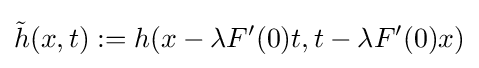
{\tilde {h}}(x,t):=h(x-\lambda F'(0)t,t-\lambda F'(0)x)